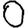
Digit: 0